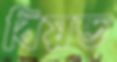
বিয়ন্ড